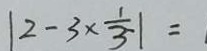
\vert 2 - 3 \times \frac { 1 } { 3 } \vert =